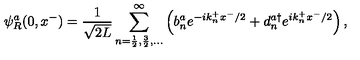
\psi _ { R } ^ { a } ( 0 , x ^ { - } ) = \frac { 1 } { \sqrt { 2 L } } \sum _ { n = \frac { 1 } { 2 } , \frac { 3 } { 2 } , \dots } ^ { \infty } \left( b _ { n } ^ { a } e ^ { - i k _ { n } ^ { + } x ^ { - } / 2 } + d _ { n } ^ { a \dag } e ^ { i k _ { n } ^ { + } x ^ { - } / 2 } \right) ,